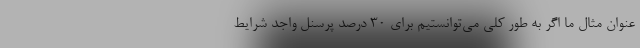
عنوان مثال ما اگر به طور کلی می‌توانستیم برای ۳۰ درصد پرسنل واجد شرایط